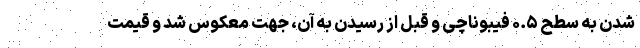
شدن به سطح ۰.۵ فیبوناچی و قبل از رسیدن به آن، جهت معکوس شد و قیمت